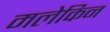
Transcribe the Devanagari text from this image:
मलेकिन